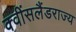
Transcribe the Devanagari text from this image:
क्वींसलैंडराज्य